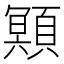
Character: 䫤